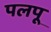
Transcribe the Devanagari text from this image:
पलपू